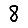
Digit: 8